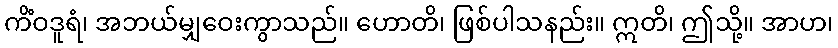
ကိံဝဒူရံ၊ အဘယ်မျှဝေးကွာသည်။ ဟောတိ၊ ဖြစ်ပါသနည်း။ ဣတိ၊ ဤသို့။ အာဟ၊